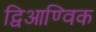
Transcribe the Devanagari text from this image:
द्विआण्विक